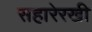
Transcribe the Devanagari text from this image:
सहारेरखी